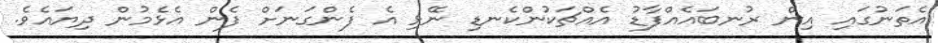
އެތަނުގައި އިން ރުނބައެއްފާޑު އެއްޗަކުންކެނޑި ނޭޅި އެ ފެންގަނަށް ފެން އެޅެމުން ދިޔައެވެ.